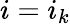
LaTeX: i=i_{k}